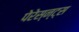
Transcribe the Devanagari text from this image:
पेरेस्न्ट्स